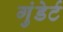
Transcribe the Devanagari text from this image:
गुंडेर्ट